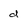
Character: d